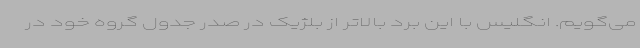
می‌گویم. انگلیس با این برد بالاتر از بلژیک در صدر جدول گروه خود در